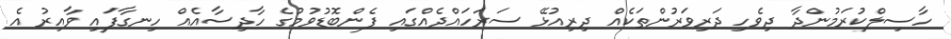
ހާސިލްކުރަމުންދާ ދިވެހި ދަރިވަރުންތަކެއް ދިރިއުޅޭ ސަރަހައްދެއްގައި ފެންބޮޑުވުމުގެ ހާދިސާއެއް ހިނގާފައި ވާއިރު އެ